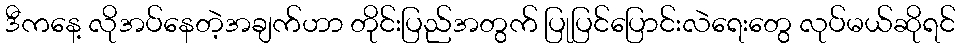
ဒီကနေ့ လိုအပ်နေတဲ့အချက်ဟာ တိုင်းပြည်အတွက် ပြုပြင်ပြောင်းလဲရေးတွေ လုပ်မယ်ဆိုရင်